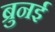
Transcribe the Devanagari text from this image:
ब्रुनई